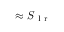
\approx S _ { \mathrm { ~ l ~ r ~ } }